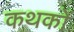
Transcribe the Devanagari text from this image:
कथकों